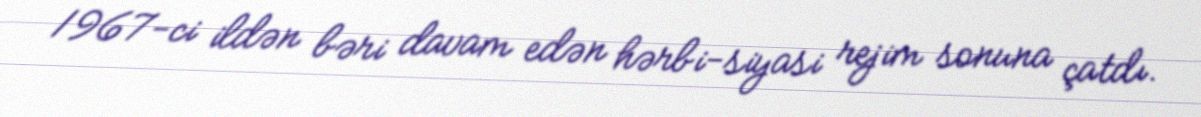
1967-ci ildən bəri davam edən hərbi-siyasi rejim sonuna çatdı.